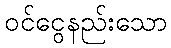
ဝင်ငွေနည်းသော